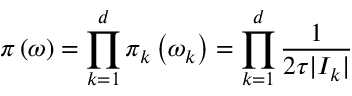
\pi \left( \boldsymbol { \omega } \right) = \prod _ { k = 1 } ^ { d } \pi _ { k } \left( \omega _ { k } \right) = \prod _ { k = 1 } ^ { d } \frac { 1 } { 2 \tau | I _ { k } | }